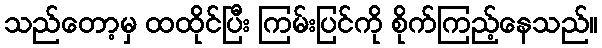
သည်တော့မှ ထထိုင်ပြီး ကြမ်းပြင်ကို စိုက်ကြည့်နေသည်။